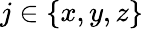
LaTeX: j\in\{ x,y,z\}